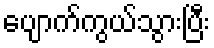
ပျောက်ကွယ်သွားပြီး